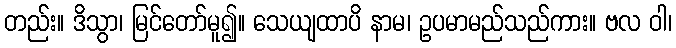
တည်း။ ဒိသွာ၊ မြင်တော်မူ၍။ သေယျထာပိ နာမ၊ ဥပမာမည်သည်ကား။ ဗလ ဝါ၊